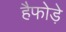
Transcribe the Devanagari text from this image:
हैफोड़े